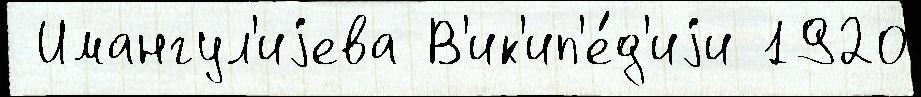
 Имангул'иjева В'ик'ип'е́д'иjи 1920